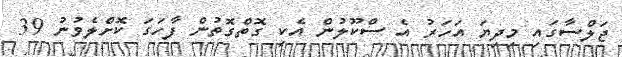
ޖަލްސާގައި މިދިޔަ އަހަރު އެ ސްކޫލުން އެކި ގޮތްގޮތުން ފާހަގަ ކޮށްލެވުނު 39